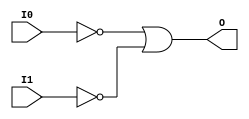
module OR2B2 (O, I0, I1);

    output O;

    input  I0, I1;

    wire i0_inv;
    wire i1_inv;

    not N1 (i1_inv, I1);
    not N0 (i0_inv, I0);
    or O1 (O, i0_inv, i1_inv);


endmodule